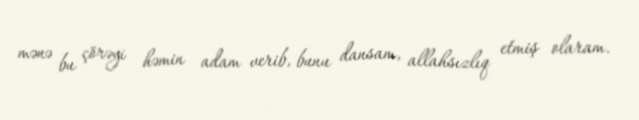
mənə bu çörəyi həmin adam verib, bunu dansam, allahsızlıq etmiş olaram.